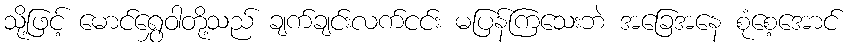
သို့ဖြင့် မောင်ရွှေဝါတို့သည် ချက်ချင်းလက်ငင်း မပြန်ကြသေးဘဲ အခြေအနေ စုံစေ့အောင်